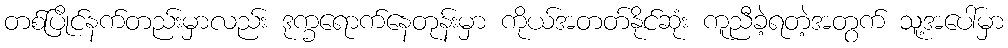
တစ်ပြိုင်နက်တည်းမှာလည်း ဒုက္ခရောက်နေတုန်းမှာ ကိုယ်အတတ်နိုင်ဆုံး ကူညီခဲ့ရတဲ့အတွက် သူ့အပေါ်မှာ